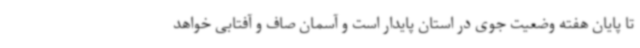
تا پایان هفته وضعیت جوی در استان پایدار است و آسمان صاف و آفتابی خواهد